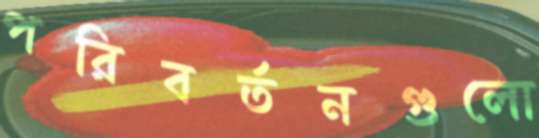
পরিবর্তনগুলো